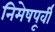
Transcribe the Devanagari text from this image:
निमेषपूर्वी